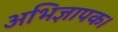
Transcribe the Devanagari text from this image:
अभिज्ञापक।